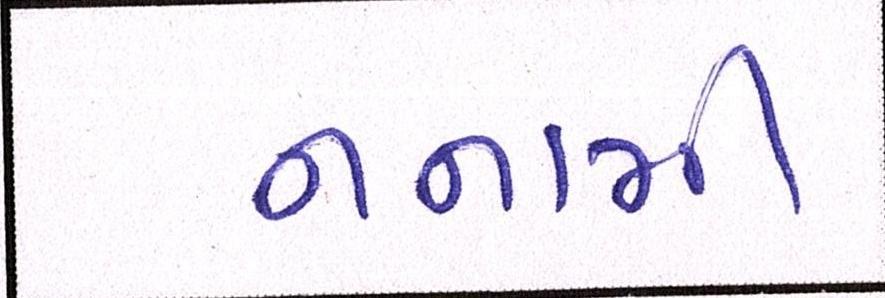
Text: નનામી